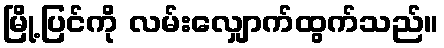
မြို့ပြင်ကို လမ်းလျှောက်ထွက်သည်။